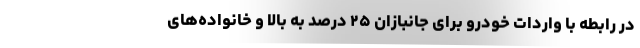
در رابطه با واردات خودرو برای جانبازان ۲۵ درصد به بالا و خانواده‌های